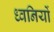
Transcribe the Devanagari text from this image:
ध्‍वनियों